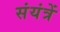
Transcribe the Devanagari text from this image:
संयंत्रें